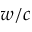
w / c